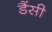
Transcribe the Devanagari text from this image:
डैंसी